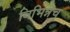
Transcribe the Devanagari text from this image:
विभिन्नच